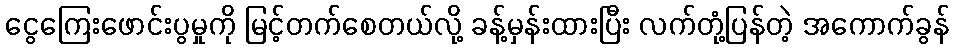
ငွေကြေးဖောင်းပွမှုကို မြင့်တက်စေတယ်လို့ ခန့်မှန်းထားပြီး လက်တုံ့ပြန်တဲ့ အကောက်ခွန်